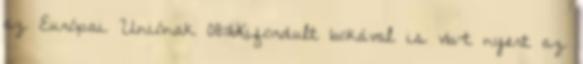
az Európai Uniónak 08:16Kifordult bokával is vb-t nyert az